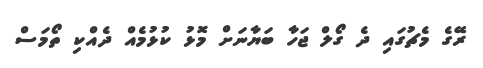
ރޭގެ މެޗުގައި ދެ ގޯލް ޖަހާ ބަޔާނަަށް މޮޅު ކުޅުމެއް ދެއްކި ތޯމަސް